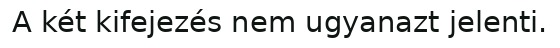
A két kifejezés nem ugyanazt jelenti.